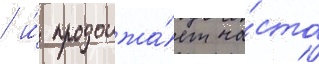
/ и́ продолжа́ет ча́сто